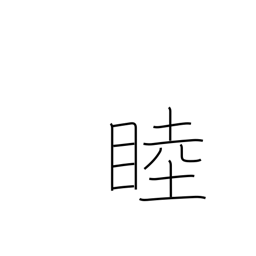
Meaning: intimate